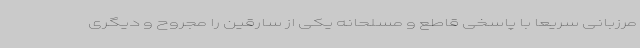
مرزبانی سریعا با پاسخی قاطع و مسلحانه یکی از سارقین را مجروح و دیگری